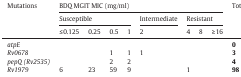
| <ROWSPAN=3> Mutations | <COLSPAN=8> BDQ MGIT MIC (mg/ml) | <ROWSPAN=3> Total |
 | <COLSPAN=4> Susceptible | Intermediate | <COLSPAN=3> Resistant |
 | ≤ 0.125 | 0.25 | 0.5 | 1 | 2 | 4 | 8 | ≥ 16 |
 | --- | --- | --- | --- | --- | --- | --- | --- | --- | --- |
 | atpE |  |  |  |  |  |  |  |  | 0 |
 | Rv0678 |  |  | 1 | 1 | 1 |  |  |  | 3 |
 | pepQ (Rv2535) |  |  | 2 | 2 |  |  |  |  | 4 |
 | Rv1979 | 6 | 23 | 59 | 9 |  | 1 |  |  | 98 |